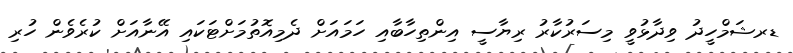
ޑރޝަމްހީދު ވިދާޅުވީ މިސަރުކާރު ރިޔާސީ އިންތިހާބާއި ހަމައަށް ދެމިއޮތުމަށްޓަކައި އޭނާއަށް ކުރެވެން ހުރި